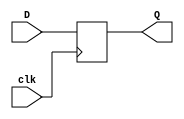
module vDFF(clk,D,Q);
  parameter n=1;
  input clk;
  input [n-1:0] D;
  output [n-1:0] Q;
  reg [n-1:0] Q;

  always @(posedge clk)
    Q <= D;
endmodule